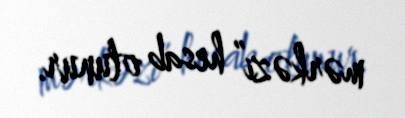
mərkəzi” hesab olunur.